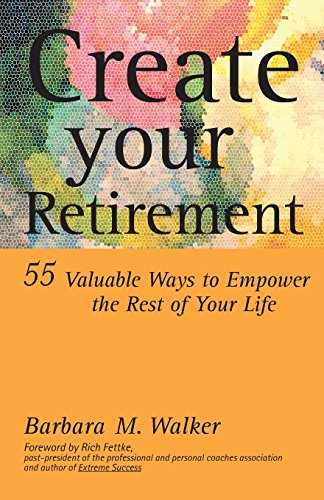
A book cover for Create Your Retirement: 55 Ways to Empower the Rest of Your Life; Barbara M. Walker; Health, Fitness & Dieting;